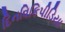
દિનવિકિપીડિયા